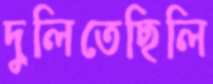
দুলিতেছিলি